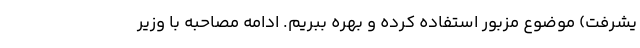
یشرفت) موضوع مزبور استفاده کرده و بهره ببریم. ادامه مصاحبه با وزیر